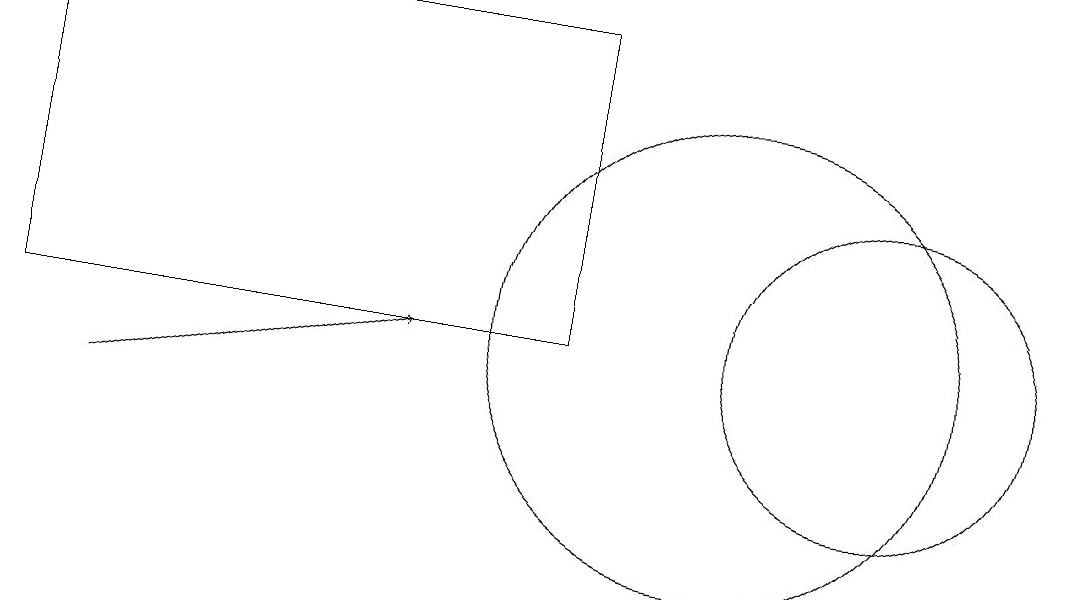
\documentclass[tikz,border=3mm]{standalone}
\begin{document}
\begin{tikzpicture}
\draw (10,11) circle (3);
\draw (8,11) rectangle (1,15);
\draw (12,11) circle (2);
\draw[->] (2,10) -- (6,11);
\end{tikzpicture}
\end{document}